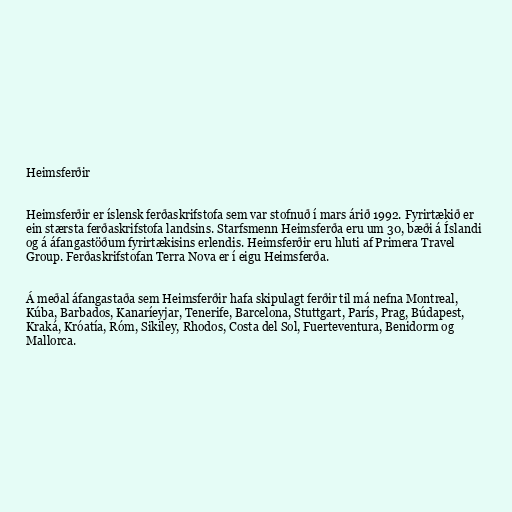
Heimsferðir

Heimsferðir er íslensk ferðaskrifstofa sem var stofnuð í mars árið 1992. Fyrirtækið er
ein stærsta ferðaskrifstofa landsins. Starfsmenn Heimsferða eru um 30, bæði á Íslandi
og á áfangastöðum fyrirtækisins erlendis. Heimsferðir eru hluti af Primera Travel
Group. Ferðaskrifstofan Terra Nova er í eigu Heimsferða.

Á meðal áfangastaða sem Heimsferðir hafa skipulagt ferðir til má nefna Montreal,
Kúba, Barbados, Kanaríeyjar, Tenerife, Barcelona, Stuttgart, París, Prag, Búdapest,
Kraká, Króatía, Róm, Sikiley, Rhodos, Costa del Sol, Fuerteventura, Benidorm og
Mallorca.